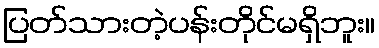
ပြတ်သားတဲ့ပန်းတိုင်မရှိဘူး။